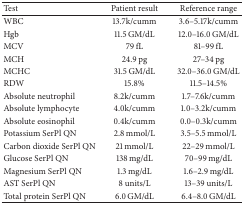
<table><thead><tr><td><b>Test</b></td><td><b>Patient result</b></td><td><b>Reference range</b></td></tr></thead><tbody><tr><td>WBC</td><td>13.7k/cumm</td><td>3.6–5.17k/cumm</td></tr><tr><td>Hgb</td><td>11.5 GM/dL</td><td>12.0–16.0 GM/dL</td></tr><tr><td>MCV</td><td>79 fL</td><td>81–99 fL</td></tr><tr><td>MCH</td><td>24.9 pg</td><td>27–34 pg</td></tr><tr><td>MCHC</td><td>31.5 GM/dL</td><td>32.0–36.0 GM/dL</td></tr><tr><td>RDW</td><td>15.8%</td><td>11.5–14.5%</td></tr><tr><td>Absolute neutrophil</td><td>8.2k/cumm</td><td>1.7–7.6k/cumm</td></tr><tr><td>Absolute lymphocyte</td><td>4.0k/cumm</td><td>1.0–3.2k/cumm</td></tr><tr><td>Absolute eosinophil</td><td>0.4k/cumm</td><td>0.0–0.3k/cumm</td></tr><tr><td>Potassium SerPl QN</td><td>2.8 mmol/L</td><td>3.5–5.5 mmol/L</td></tr><tr><td>Carbon dioxide SerPl QN</td><td>21 mmol/L</td><td>22–29 mmol/L</td></tr><tr><td>Glucose SerPl QN</td><td>138 mg/dL</td><td>70–99 mg/dL</td></tr><tr><td>Magnesium SerPl QN</td><td>1.3 mg/dL</td><td>1.6–2.9 mg/dL</td></tr><tr><td>AST SerPl QN</td><td>8 units/L</td><td>13–39 units/L</td></tr><tr><td>Total protein SerPl QN</td><td>6.0 GM/dL</td><td>6.4–8.0 GM/dL</td></tr></tbody></table>